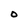
Character: O